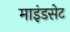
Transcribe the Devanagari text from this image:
माइंडसेट